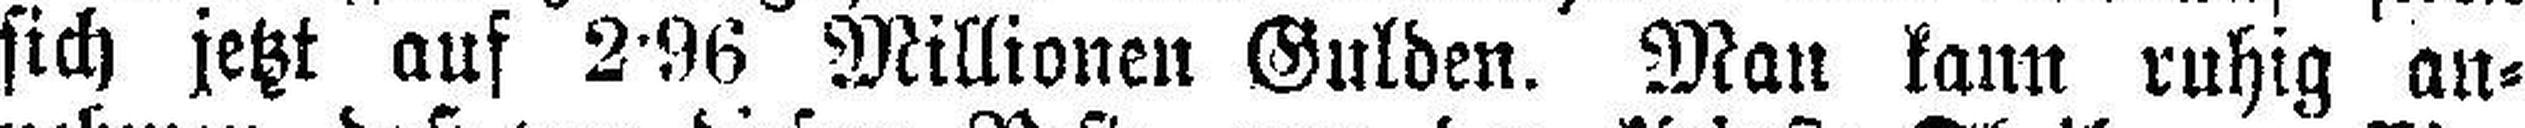
sich jetzt auf 2•96 Millionen Gulden. Man kann ruhig an¬